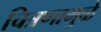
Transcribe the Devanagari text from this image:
चित्रणामुळे